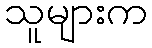
သူများက